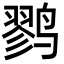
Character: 鹨